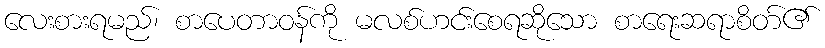
လေးစားရမည်၊ စာပေတာဝန်ကို မလစ်ဟင်းစေရဆိုသော စာရေးဆရာစိတ်၏